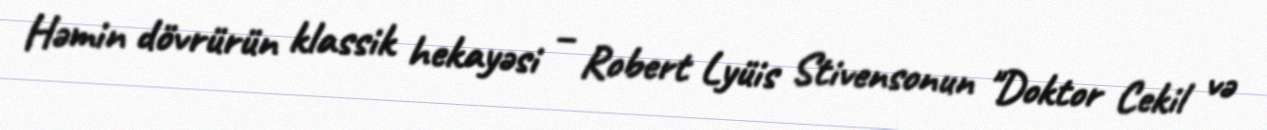
Həmin dövrürün klassik hekayəsi – Robert Lyüis Stivensonun "Doktor Cekil və